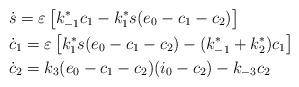
LaTeX: \begin{align*} &\dot s=\varepsilon\left[k_{-1}^*c_1-k_1^*s(e_0-c_1-c_2)\right]\\ &\dot c_1=\varepsilon\left[k_1^*s(e_0-c_1-c_2)-(k_{-1}^*+k_2^*)c_1\right]\\ &\dot c_2=k_3(e_0-c_1-c_2)(i_0-c_2)-k_{-3}c_2 \end{align*}